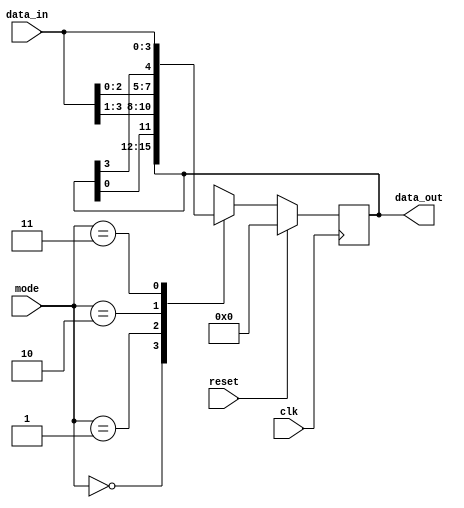
`timescale 1ns / 1ps
module universal_shifter(
    input [3:0] data_in,
    input [1:0] mode,
    input clk,
    input reset,
    output reg [3:0] data_out
);

    always @(posedge clk) begin
        if (reset)
            data_out <= 4'b0000; // Reset the data_out when reset is asserted
        else begin
            case (mode)
                2'b00: data_out <= data_out; // No change in data_out (Hold)
                2'b01: data_out <= {data_out[0], data_in[3:1]}; // Shift right
                2'b10: data_out <= {data_in[2:0], data_out[3]}; // Shift left
                2'b11: data_out <= data_in; // Load data_in
                default: data_out <= 4'b0000; // Default case (Reset data_out)
            endcase
        end
    end

endmodule